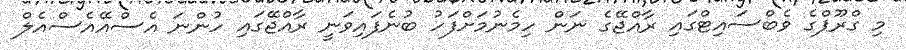
މި ގްރޫޕްގެ ވެބްސައިޓްގައި ރާއްޖޭގެ ނަން ހިމެނުމަށްފަހު ބުނެފައިވަނީ ރާއްޖޭގައި ހުންނަ އެސްއޭއެސްއެލް